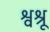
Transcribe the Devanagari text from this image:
श्वश्रू